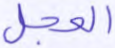
العجل